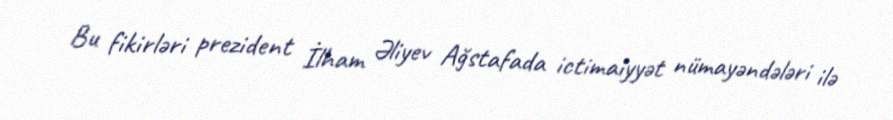
Bu fikirləri prezident İlham Əliyev Ağstafada ictimaiyyət nümayəndələri ilə